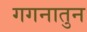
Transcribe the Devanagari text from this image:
गगनातुन